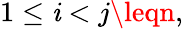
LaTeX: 1\leq\mathit{i}<j\leqn,